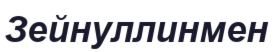
Зейнуллинмен